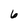
Character: 6